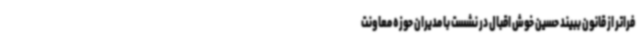
فراتر از قانون ببیند حسین خوش اقبال در نشست با مدیران حوزه معاونت